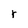
Character: r